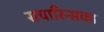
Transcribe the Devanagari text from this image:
सचारिन्सका